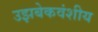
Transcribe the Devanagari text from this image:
उझबेकवंशीय